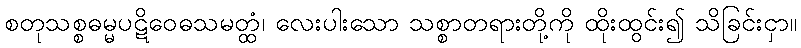
စတုသစ္စဓမ္မပဋိဝေဓသမတ္ထံ၊ လေးပါးသော သစ္စာတရားတို့ကို ထိုးထွင်း၍ သိခြင်းငှာ။